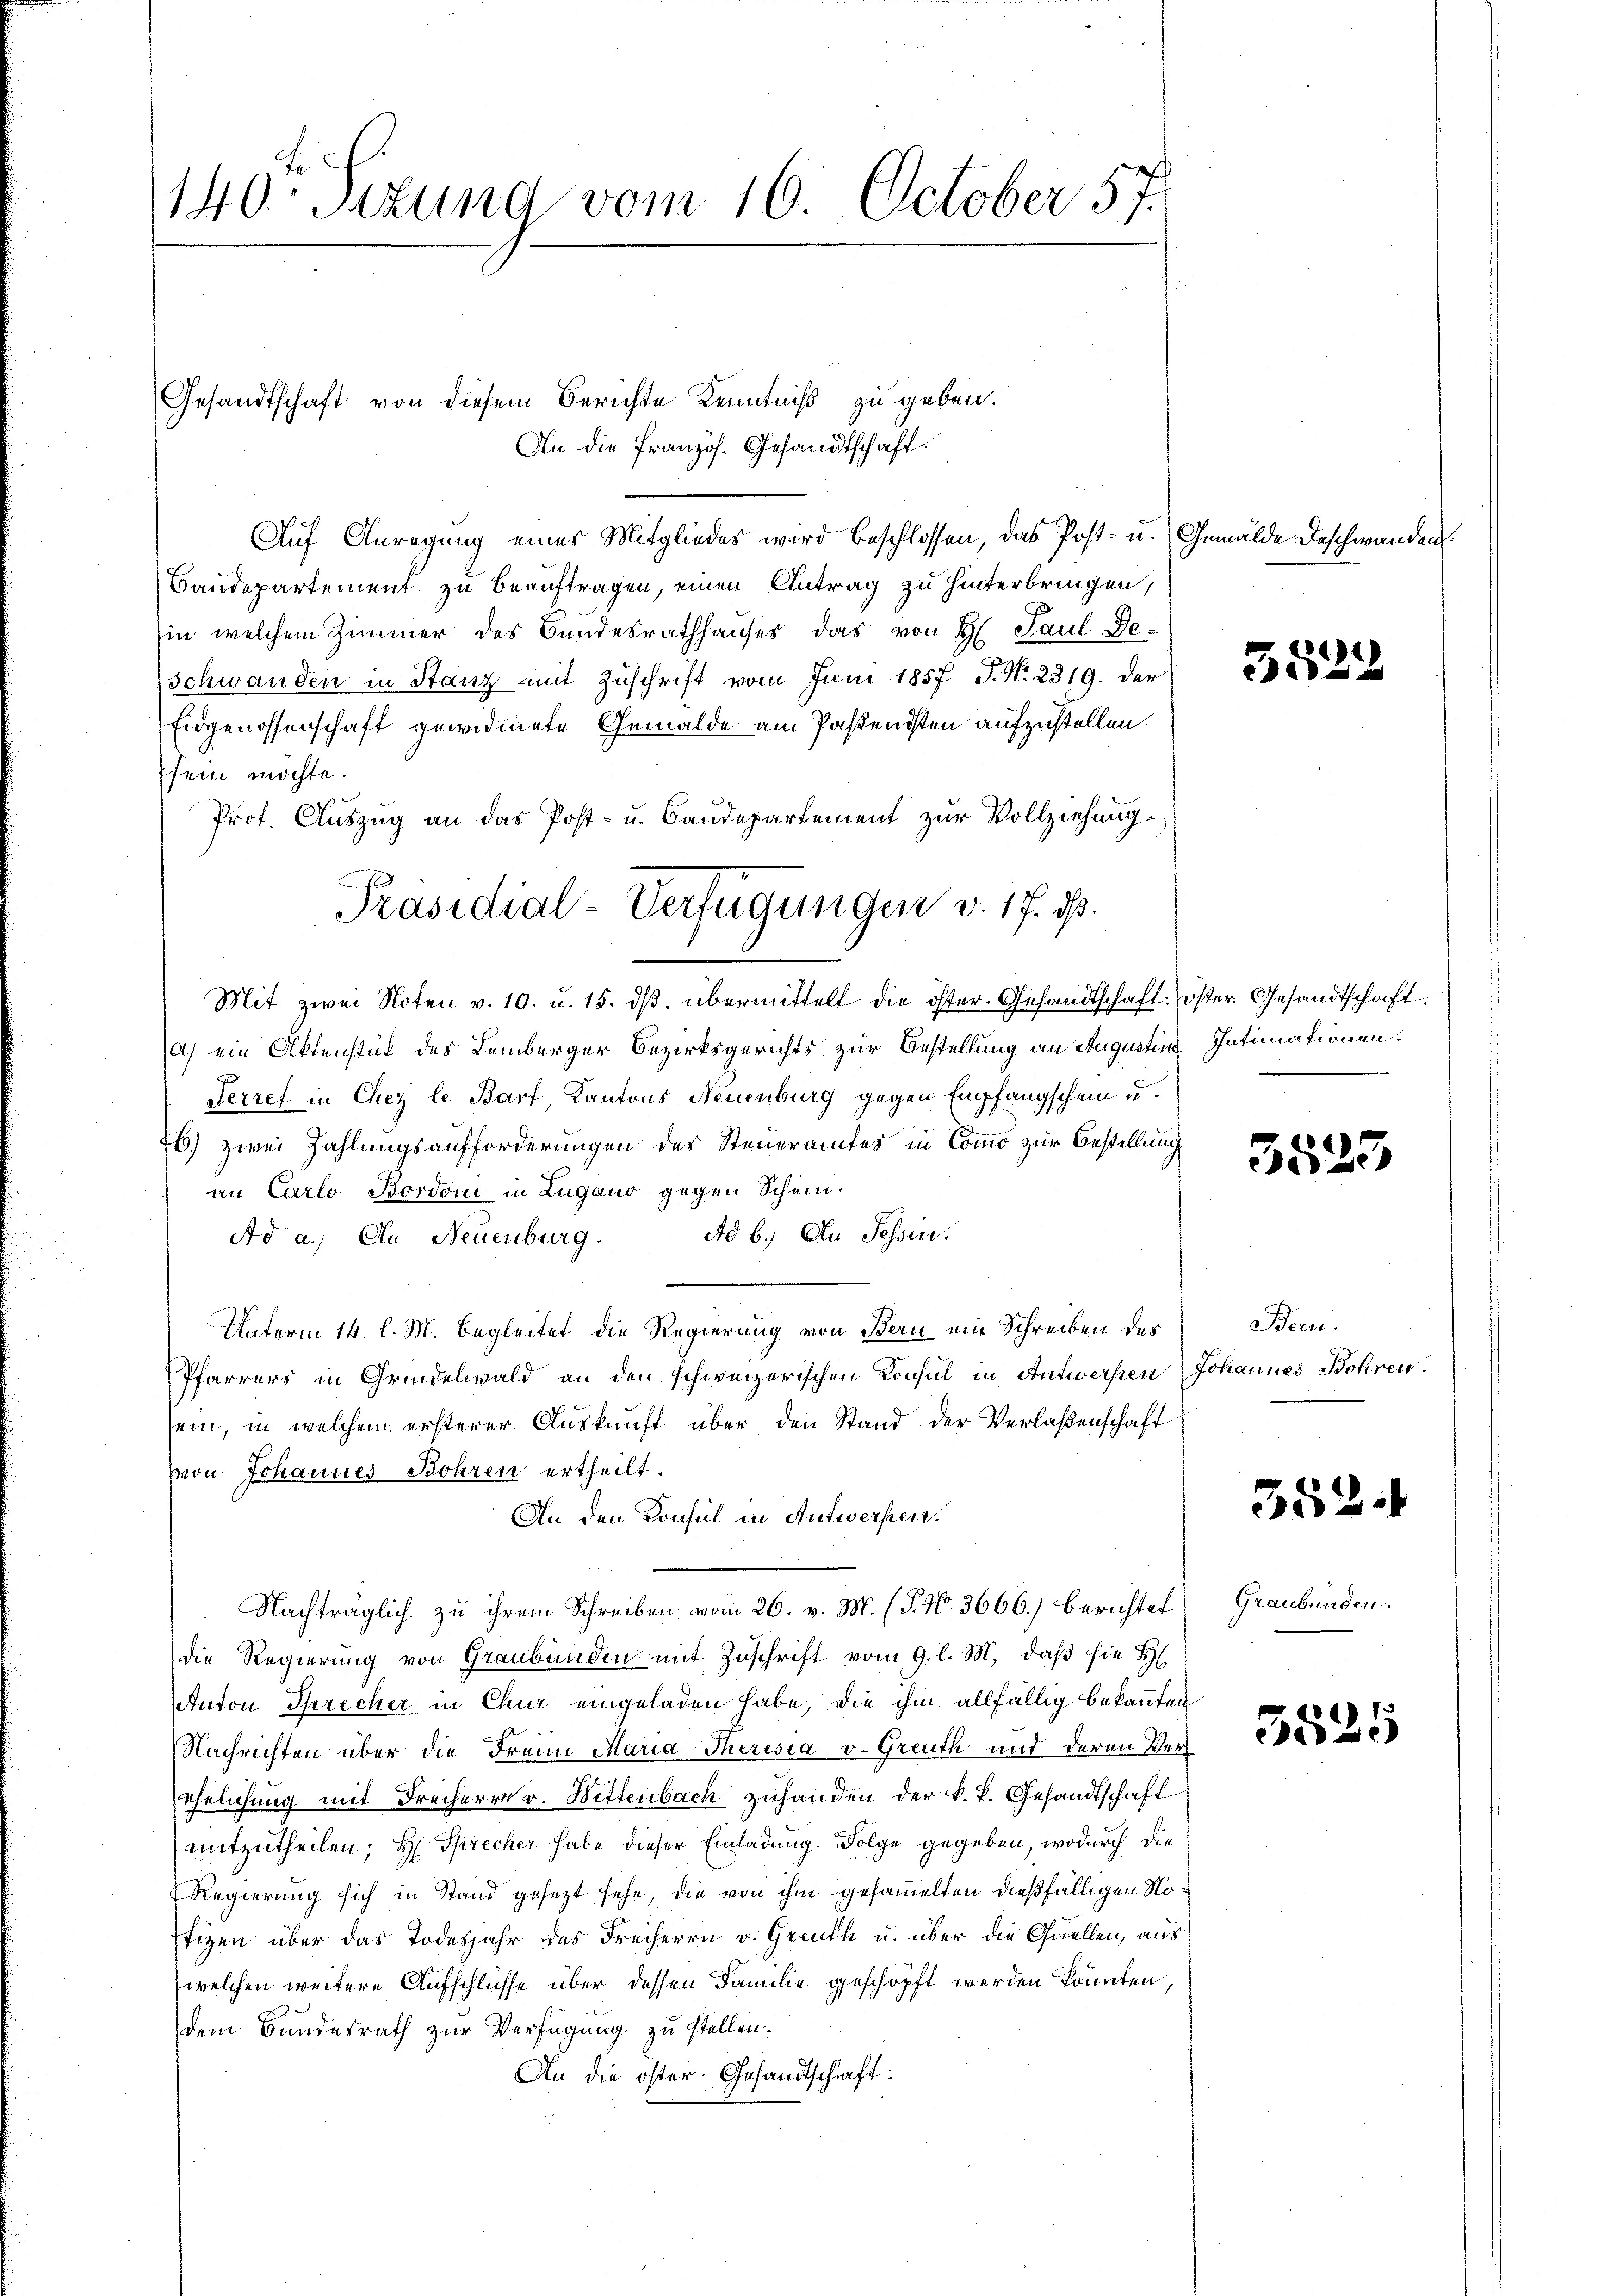
140. Sitzung vom 16. October 57.

Gesandtschaft von diesem Berichte Kenntniß zu geben.
Auf Anregung eines Mitgliedes wird beschlossen, das Post- u. Gemälde Beschwanden.
Baudepartement zu beauftragen, einen Antrag zu hinterbringen,
in welchem Zimmer des Bandesrathhauses das von H. Paul De-
Schwanden in Stanz mit Zuschrift vom Juni 1857 J. N. 2319. der
Eidgenossenschaft gewidmete Gemälde am Pastendsten aufzustellen.
sein möchte.
Prof. Auszug an das Post- u. Baudepartement zur Vollziehung.
Mit zwei Noten v. 10. u. 15. dβ übermittelt die öster. Gesandtschaft. öster Gesandtschaft
a) ein Aktenstück des Lemberger Bezirksgerichts zur Bestellung an Augustine Intimationen.
Serref in Chez le Bart, Kantons Neuenburg gegen Empfangschein u.
26) zwei Zahlungsaufforderungen des Steueramtes in Como zur Bestellung
an Carlo Bordoni in Lugano gegen Schein.
Ad b.) An Schier.
Ad a.) Au Neuenburg.
Unterm 14. l. M. Begleitet die Regierung von Bern ein Schreiben des
Pfarrers in Grindelwald an den schweizerischen Konsul in Antwersten Johannes Bohren.
sein, in welchem ersterer Auskunft über den Stand der Verlaßenschaft
von Johannes Bohren ertheilt.
An den Konsul in Antwerfen.
Nachträglich zu ihrem Schreiben vom 26. v. M. (T. No 3666.) berichtet
die Regierung von Graubünden mit Zuschrift vom 9. l. M. daß sie H
Anton Sprecher in Chur eingeladen habe, die ihm allfällig bekannten
Nachrichten über die Fraun Maria Theresia v. Greuth und deren Verehelichung mit Freiherrn v. Bittenbach zuhanden der k. k. Gesandtschaft
mitzutheilen; H. Sprecher habe dieser Einladung. Folge gegeben, wodurch die
Regierung sich in Stand gesezt sehe, die von ihm gesammelten dießfälligen No¬
Efizen über das Todesjahr des Freiherrn v. Greuth u. über die Quellen, aus
welchen weitere Aufschlüsse über dessen Familie geschöpft werden könnten,
dem Bundesrath zur Verfügung zu stellen.
An die öster. Gesandtschrift.

An die Französ. Gesandtschaft.

Präsidial-Verfügungen v. 17. d.

3522

3523

Bern.

382.

Graubünden.

3525